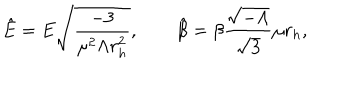
LaTeX: { \hat { E } } = E { \sqrt { \frac { - 3 } { \mu ^ { 2 } \Lambda r _ { h } ^ { 2 } } } } , \qquad { \hat { \beta } } = \beta \frac { { \sqrt { - \Lambda } } } { { \sqrt { 3 } } } \mu r _ { h } ,